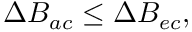
\Delta B _ { a c } \leq \Delta B _ { e c } ,